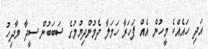
އަދި ހައެއްކެ މީހުން އެއް ފަހަރާ ހަމަލާ ދެމުންދިޔުމުގެ ސަބަބުން ސީދާ މާދިހު